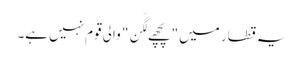
یہ قطار میں "پچھے لگّن" والی قوم نہیں ہے۔